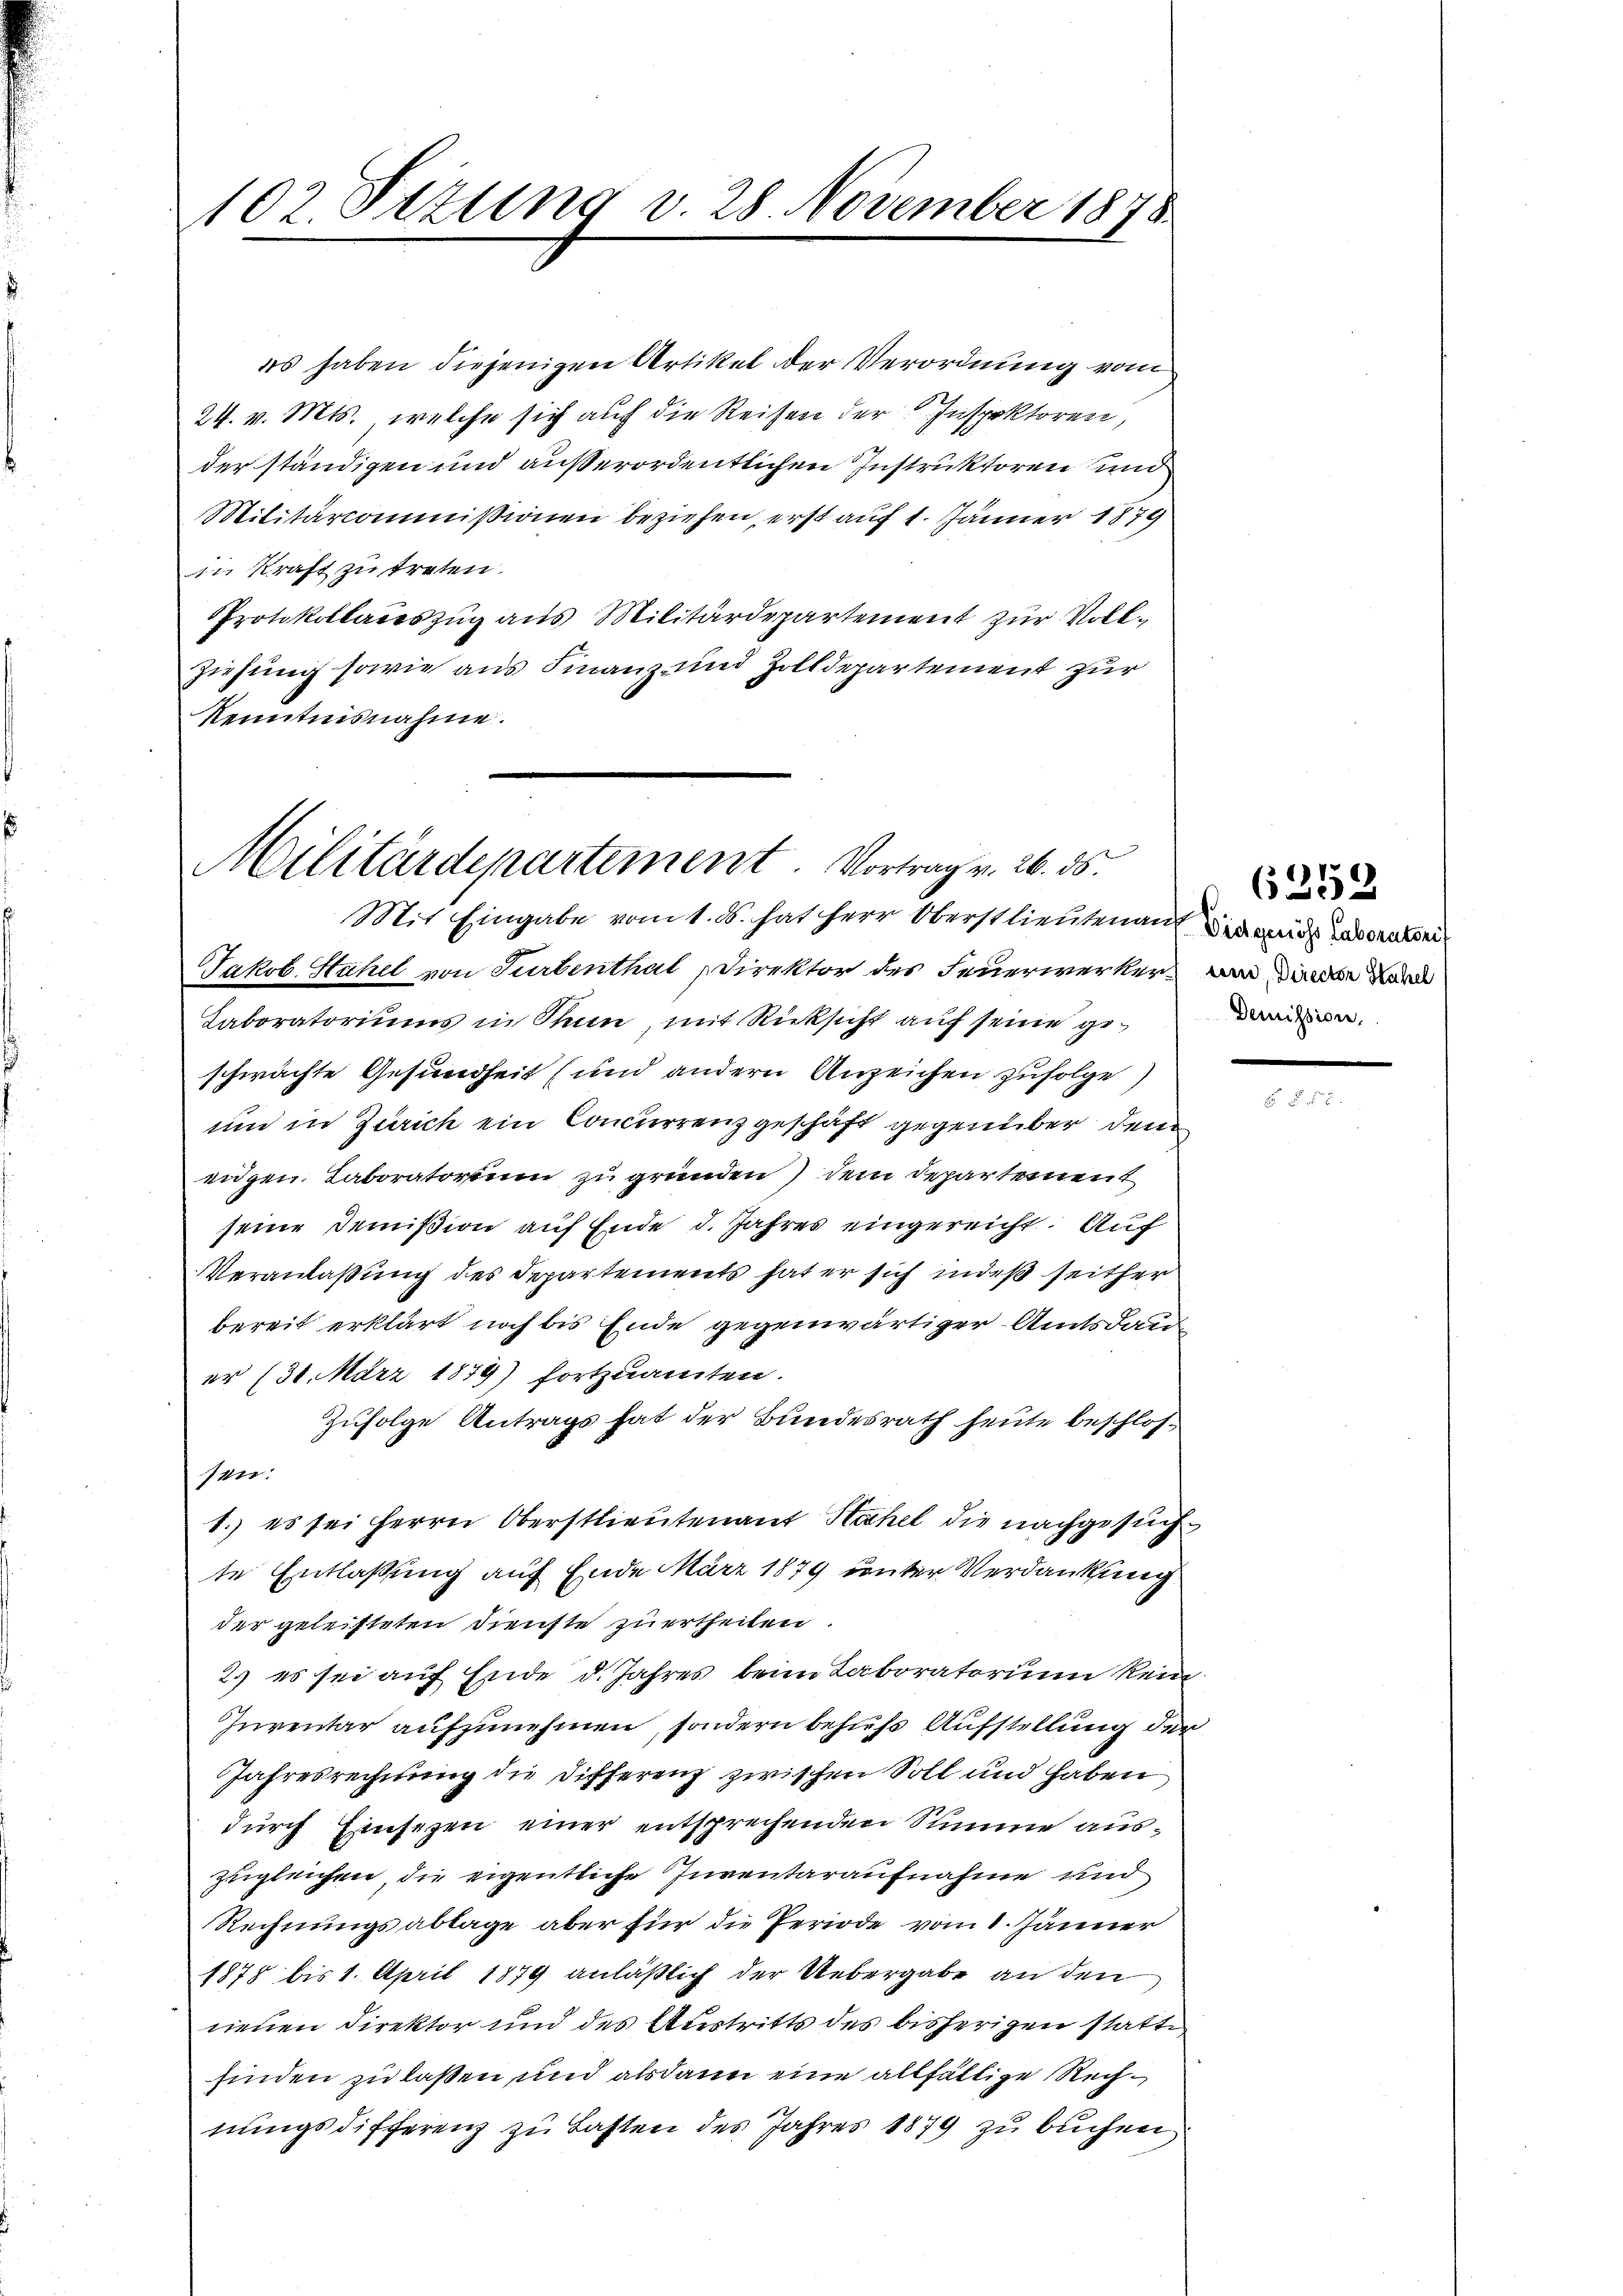
102. Sezung v. 28. November 1878

es haben diejenigen Artikel der Verordnung vom
24. v. Mts., welche sich auf die Reisen der Inspektoren,
der ständigen und außerordentlichen Instruktoren und
Militarcommißionen beziehen, erst auf 1. Jänner 1879
in Kraft zu treten.
Protokollateszug aus Militärdepartement zur Voll¬
Ziehung sowie aus Finanz und Zolldepartement zur
Kenntnisnahme.

Militärdepartement. Vortrag v. 26. ds.
Mit Eingabe vom 1. S. hat Herr Oberstlieutenauf die wider und dabei

Jakob Stahel von Turbenthal Direktor des Feuerwerker an diese Land
Taboratoriums in Sun, mit Rücksicht auf seine geschwachte Gesundheit (und andern Anzeichen zufolge)
und in Zürich ein Concurrenzgeschäft gegenüber dem
eidgen. Laboratorium zu gründen) dem Departement
seine Demission auf Ende d. Jahres eingereicht. Auf
Veranlaßung des Departements hat er sich indeß seither
bereit erklärt noch bis Ende gegenwärtiger Amtsdauer 130. März 1879) fortzuamten.
Zufolge Antrags hat der Bundesrath heute beschlos¬
1er.
1. es sei Herrn Oberstlieutenant Hahel die nachgesuchte Entlassung auf Ende März 1879 unter Verdankung
der geleisteten Dienste zu ertheilen.
2.) es sei auf Ende d. Jahres beim Laboratorium kein
Inventar aufzunehmen, sondern behufs Aufstellung der
Jahresrechnung die Differenz zwischen Soll und haben
durch Einsezen einer entsprechenden Summe auszugleichen, die eigentliche Inventaraufnahme und
Rechnungsablage aber für die Periode vom 1. Jänner
1878 bis 1. April 1879 anläßlich der Uebergabe an den
neuen Direktor und des Austritts des bisherigen statte
finden zu laßen und alsdann eine allfältige Rechnŭngsdifferenz zu Lasten des Jahres 1879 zŭ buchen

6359
Demission,